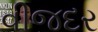
વીજદર